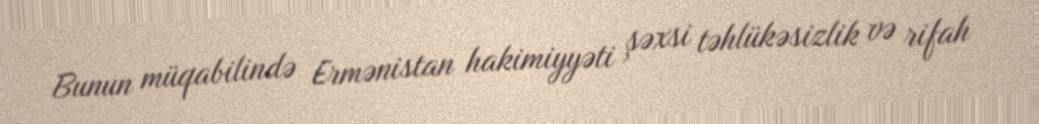
Bunun müqabilində Ermənistan hakimiyyəti şəxsi təhlükəsizlik və rifah